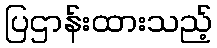
ပြဌာန်းထားသည့်